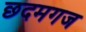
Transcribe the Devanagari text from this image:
छदमगज